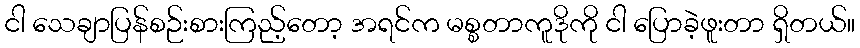
ငါ သေချာပြန်စဉ်းစားကြည့်တော့ အရင်က မစ္စတာကူဒိုကို ငါ ပြောခဲ့ဖူးတာ ရှိတယ်။